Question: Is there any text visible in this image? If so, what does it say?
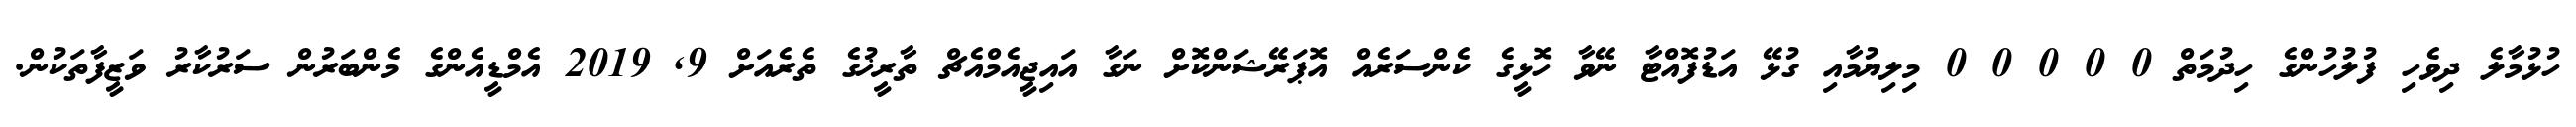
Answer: ހުޅުމާލެ ދިވެހި ފުލުހުންގެ ހިދުމަތް 0 0 0 0 0 މިލިޔުމާއި ގުޅޭ އަޑުފޮއްޓާ ނޭވާ ހޮޅީގެ ކެންސަރެއް އޮޕަރޭޝަންކޮށް ނަގާ އައިޖީއެމްއެޗް ތާރީޚުގެ ތެރެއަށް 9, 2019 އެމްޑީއެންގެ މެންބަރުން ސަރުކާރު ވަޒީފާތަކުން.